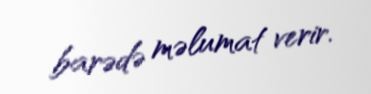
barədə məlumat verir.